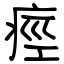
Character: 痙